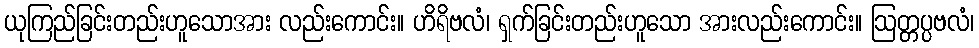
ယုကြည်ခြင်းတည်းဟူသောအား လည်းကောင်း။ ဟိရိဗလံ၊ ရှက်ခြင်းတည်းဟူသော အားလည်းကောင်း။ ဩတ္တပ္ပဗလံ၊